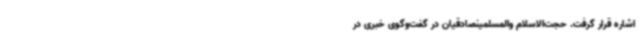
اشاره قرار گرفت. حجت‌الاسلام والمسلمینصادقیان در گفت‌وگوی خبری در